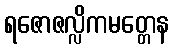
ရဇောဇလ္လိကမတ္တေန